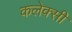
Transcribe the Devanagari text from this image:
कलेक्सी